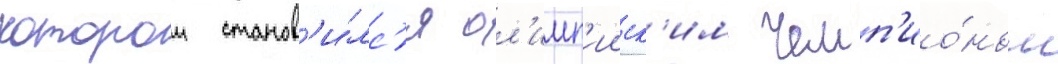
которои станов'и́лс'я ол'имп'ииск'им чемп'ио́ном